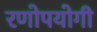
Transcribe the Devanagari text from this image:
रणोपयोगी